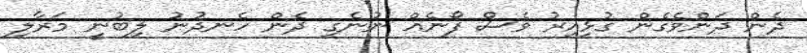
ދެން ދަންވެގެން ގުޅިއިރު ވެސް ފޯނެއް ނުނެގި ދެން ހެނދުނު ލިބުނީ މަރާލި